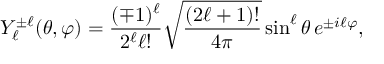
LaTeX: Y _ { \ell } ^ { \pm \ell } ( \theta , \varphi ) = { \frac { ( \mp 1 ) ^ { \ell } } { 2 ^ { \ell } \ell ! } } { \sqrt { \frac { ( 2 \ell + 1 ) ! } { 4 \pi } } } \sin ^ { \ell } \theta \, e ^ { \pm i \ell \varphi } ,